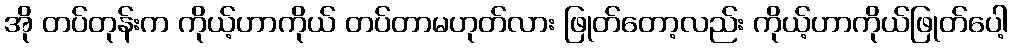
အို တပ်တုန်းက ကိုယ့်ဟာကိုယ် တပ်တာမဟုတ်လား ဖြုတ်တော့လည်း ကိုယ့်ဟာကိုယ်ဖြုတ်ပေါ့